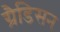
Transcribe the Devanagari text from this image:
ग्रैडिसन